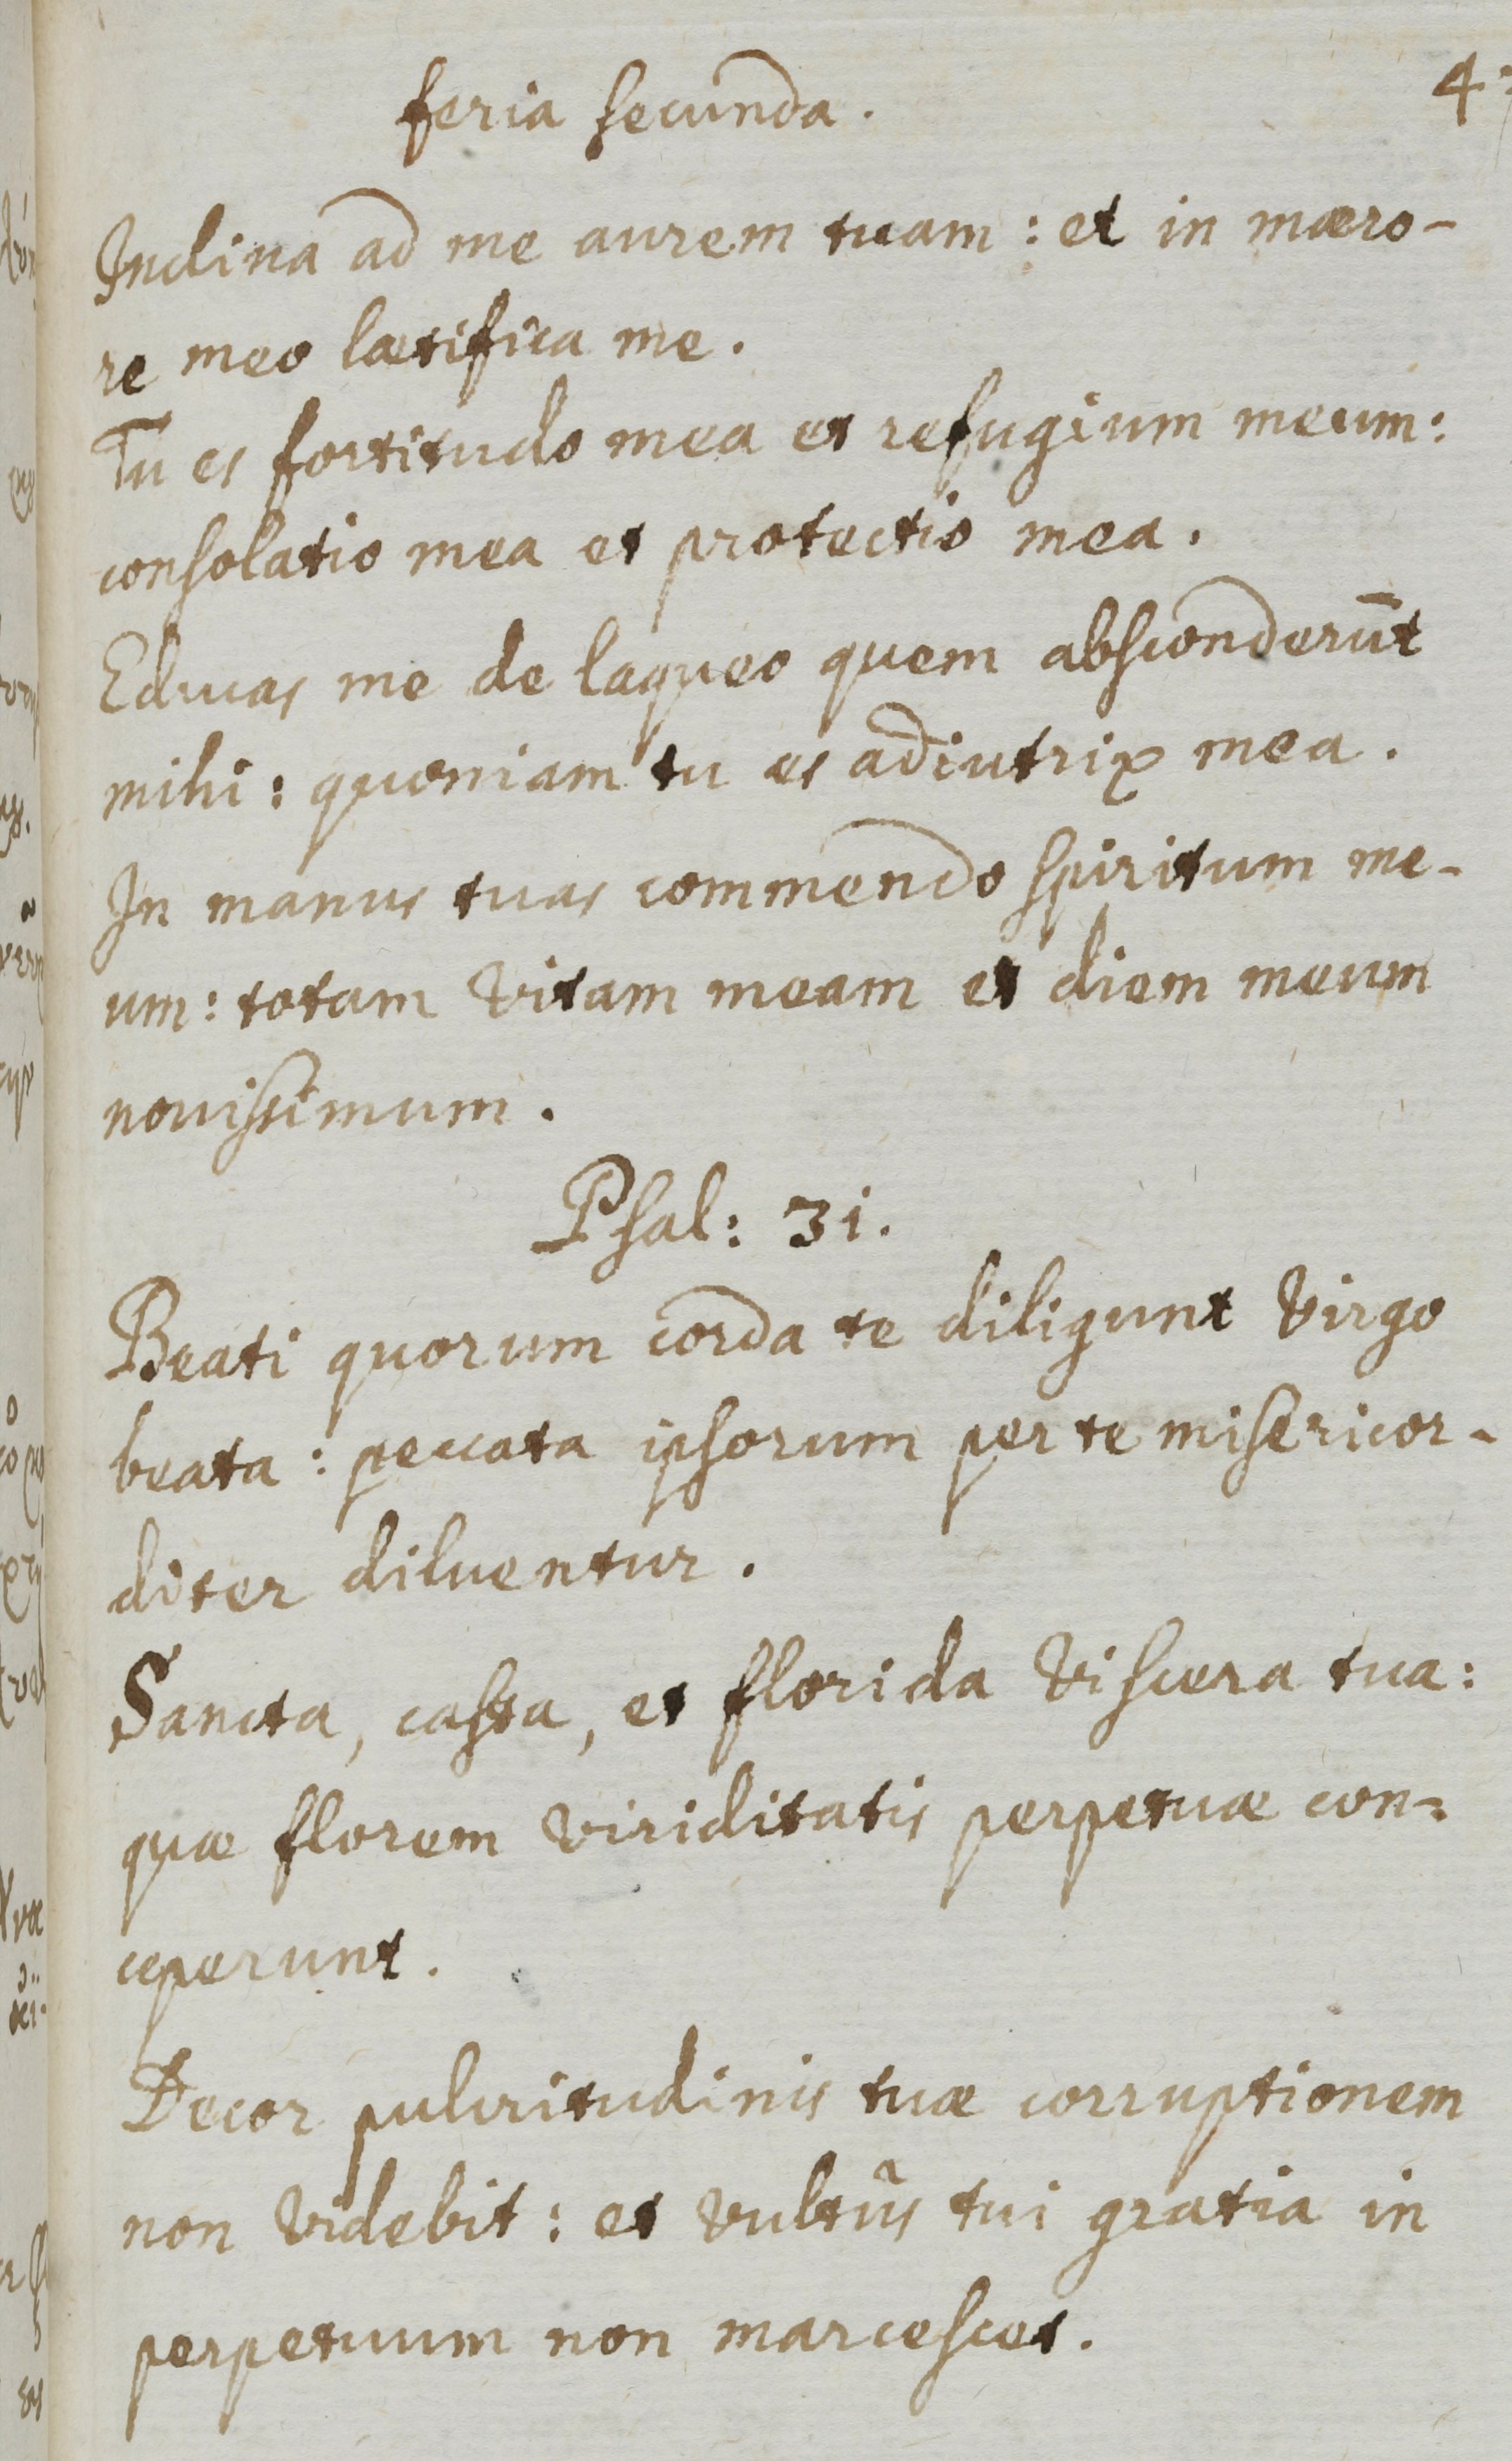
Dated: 1661–1661